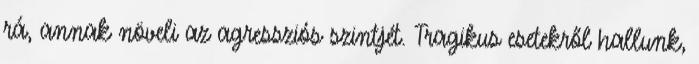
rá, annak növeli az agressziós szintjét. Tragikus esetekről hallunk,